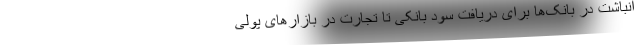
انباشت در بانک‌ها برای دریافت سود بانکی تا تجارت در بازارهای پولی